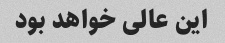
این عالی خواهد بود